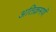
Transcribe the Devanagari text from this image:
अतिक्रमणॅ